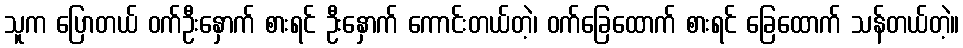
သူက ပြောတယ် ဝက်ဦးနှောက် စားရင် ဦးနှောက် ကောင်းတယ်တဲ့၊ ဝက်ခြေထောက် စားရင် ခြေထောက် သန်တယ်တဲ့။